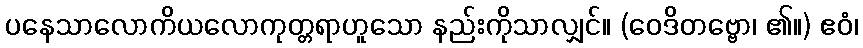
ပနေသာလောကိယလောကုတ္တရာဟူသော နည်းကိုသာလျှင်။ (ဝေဒိတဗ္ဗော၊ ၏။) ဧဝံ၊